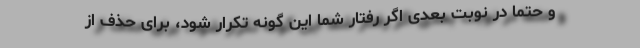
و حتماً در نوبت بعدی اگر رفتار شما این گونه تکرار شود، برای حذف از